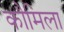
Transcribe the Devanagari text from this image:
कौमिला